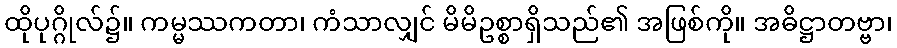
ထိုပုဂ္ဂိုလ်၌။ ကမ္မဿကတာ၊ ကံသာလျှင် မိမိဥစ္စာရှိသည်၏ အဖြစ်ကို။ အဓိဋ္ဌာတဗ္ဗာ၊